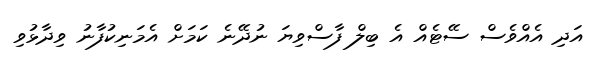
އަދި އެއްވެސް ސޭޓެއް އެ ބިލް ފާސްވިޔަ ނުދޭނެ ކަމަށް އެމަނިކުފާނު ވިދާޅުވި